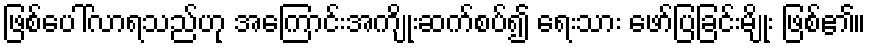
ဖြစ်ပေါ်လာရသည်ဟု အကြောင်းအကျိုးဆက်စပ်၍ ရေးသား ဖော်ပြခြင်းမျိုး ဖြစ်၏။